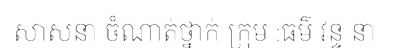
សាសនា ចំណាត់ថ្នាក់ ក្រុម :ធម៌ វន្ទ នា